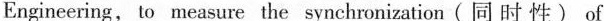
Engineering, to measure the synchronization(同 时性) of